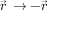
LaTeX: { \vec { r } } \, \rightarrow - { \vec { r } }